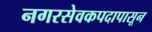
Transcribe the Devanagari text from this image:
नगरसेवकपदापासून